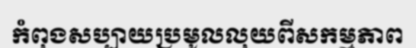
កំពុងសប្បាយប្រមូលលុយពីសកម្មភាព